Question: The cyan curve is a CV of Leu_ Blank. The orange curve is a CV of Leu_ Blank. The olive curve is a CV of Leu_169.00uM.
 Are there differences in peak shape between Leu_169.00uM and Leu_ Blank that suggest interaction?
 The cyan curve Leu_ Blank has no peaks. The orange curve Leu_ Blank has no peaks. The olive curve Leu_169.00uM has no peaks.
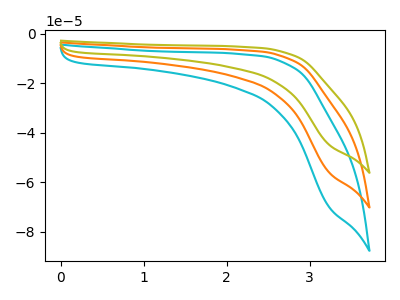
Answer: <think>Neither "Leu_169.00uM" or "Leu_ Blank" have any peaks.
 </think>
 <answer>No, "Leu_169.00uM" and "Leu_ Blank" don't appear to be significantly different in shape</answer>
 <eval>no_change</eval>